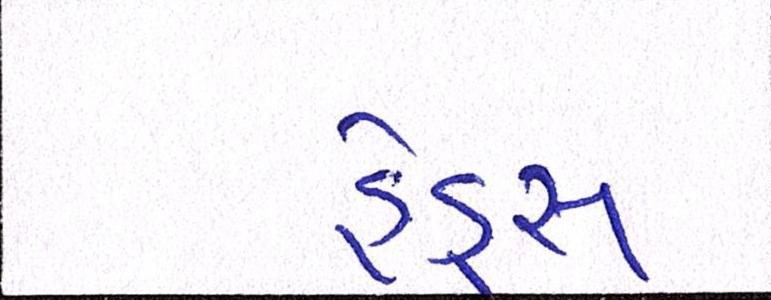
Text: હેડ્સ